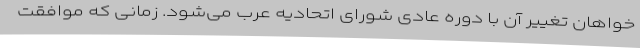
خواهان تغییر آن با دوره عادی شورای اتحادیه عرب می‌شود. زمانی که موافقت